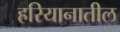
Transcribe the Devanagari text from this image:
हरियानातील